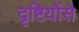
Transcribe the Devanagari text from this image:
दृष्टियोंसे